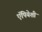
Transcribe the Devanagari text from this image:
ऍपियेशी